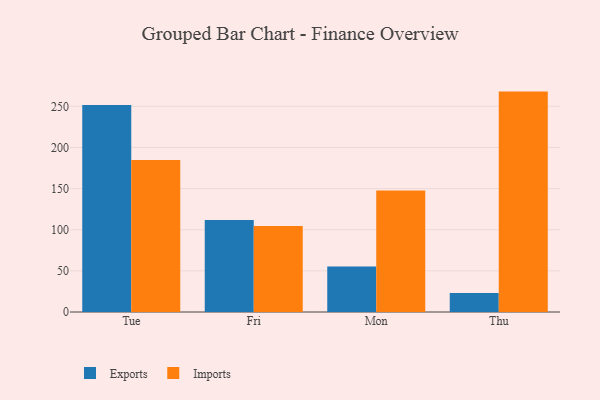
{"axis": {"x": "Day", "y": "Budget (USD K)"}, "legend": ["Exports", "Imports"], "data": [{"x": "Tue", "y": 251.6, "type": "Exports"}, {"x": "Tue", "y": 184.7, "type": "Imports"}, {"x": "Fri", "y": 111.7, "type": "Exports"}, {"x": "Fri", "y": 104.5, "type": "Imports"}, {"x": "Mon", "y": 55.2, "type": "Exports"}, {"x": "Mon", "y": 147.6, "type": "Imports"}, {"x": "Thu", "y": 23.0, "type": "Exports"}, {"x": "Thu", "y": 267.9, "type": "Imports"}]}